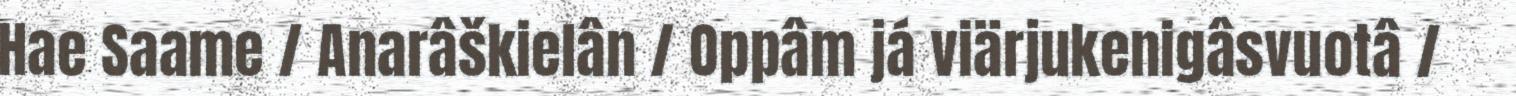
Hae Saame / Anarâškielân / Oppâm já viärjukenigâsvuotâ /